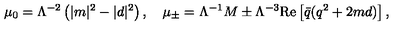
\mu _ { 0 } = \Lambda ^ { - 2 } \left( | m | ^ { 2 } - | d | ^ { 2 } \right) , \quad \mu _ { \pm } = \Lambda ^ { - 1 } M \pm \Lambda ^ { - 3 } \mathrm { R e } \left[ { \bar { q } } ( q ^ { 2 } + 2 m d ) \right] ,